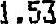
1.53